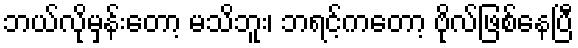
ဘယ်လိုမှန်းတော့ မသိဘူး၊ ဘရင့်ကတော့ ဗိုလ်ဖြစ်နေပြီ